Regulations for the medical services of the Army of India
Year: 1930
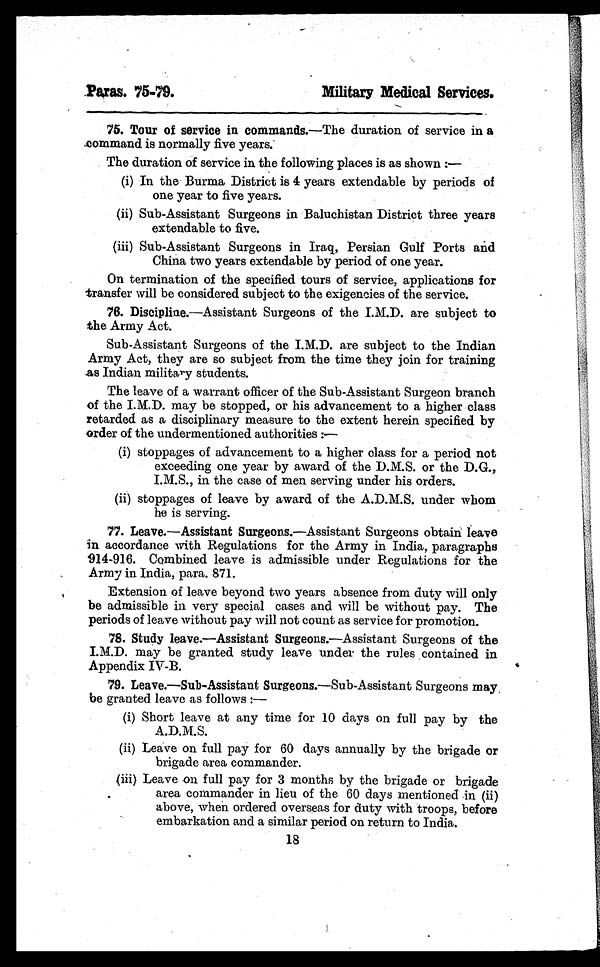
Paras. 75-79.
Military Medical Services.
75. Tour of service in commands.— The duration of service in a
command is normally five years.
The duration of service in the following places is as shown :—
(i) In the Burma District is 4 years extendable by periods of
one year to five years.
(ii) Sub-Assistant Surgeons in Baluchistan District three years
extendable to five.
(iii) Sub-Assistant Surgeons in Iraq, Persian Gulf Ports and
China two years extendable by period of one year.
On termination of the specified tours of service, applications for
transfer will be considered subject to the exigencies of the service.
76. Discipline.— Assistant Surgeons of the I.M.D. are subject to
the Army Act.
Sub-Assistant Surgeons of the I.M.D. are subject to the Indian
Army Act, they are so subject from the time they join for training
as Indian military students.
The leave of a warrant officer of the Sub-Assistant Surgeon branch
of the I.M.D. may be stopped, or his advancement to a higher class
retarded as a disciplinary measure to the extent herein specified by
order of the undermentioned authorities :—
(i) stoppages of advancement to a higher class for a period not
exceeding one year by award of the D.M.S. or the D.G.,
I.M.S., in the case of men serving under his orders.
(ii) stoppages of leave by award of the A.D.M.S. under whom
he is serving.
77. Leave.—Assistant Surgeons. —Assistant Surgeons obtain leave
in accordance with Regulations for the Army in India, paragraphs
914-916. Combined leave is admissible under Regulations for the
.
Army in India, para. 871.
Extension of leave beyond two years absence from duty will only
be admissible in very special cases and will be without pay. The
periods of leave without pay will not count as service for promotion.
78. Study leave.—Assistant Surgeons.—Assistant Surgeons of the
I.M.D. may be granted study leave under the rules contained in
Appendix IV-B.
79. Leave.—Sub-Assistant Surgeons.— Sub-Assistant Surgeons may
be granted leave as follows :—
(i) Short leave at any time for 10 days on full pay by the
A.D.M.S.
(ii) Leave on full pay for 60 days annually by the brigade or
brigade area commander.
(iii) Leave on full pay for 3 months by the brigade or brigade
area commander in lieu of the 60 days mentioned in (ii)
above, when ordered overseas for duty with troops, before
embarkation and a similar period on return to India.
18